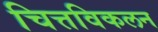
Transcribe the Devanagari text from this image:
चित्तविकलन